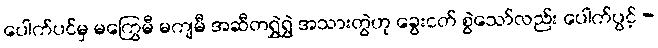
ပေါက်ပင်မှ မကြွေမီ မကျမီ အဆီတရွှဲရွှဲ အသားတွဲဟု ခွေးငတ် စွဲသော်လည်း ပေါက်ပွင့် -